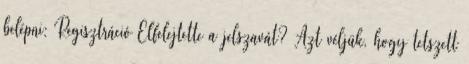
belépni: Regisztráció Elfelejtette a jelszavát? Azt véljük, hogy tetszett